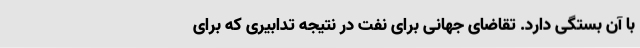
با آن بستگی دارد. تقاضای جهانی برای نفت در نتیجه تدابیری که برای